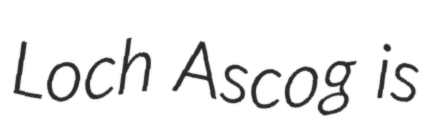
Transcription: Loch Ascog is